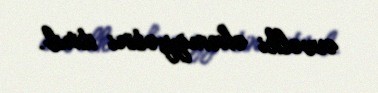
əvvəlki əhəmiyyətini itirib.